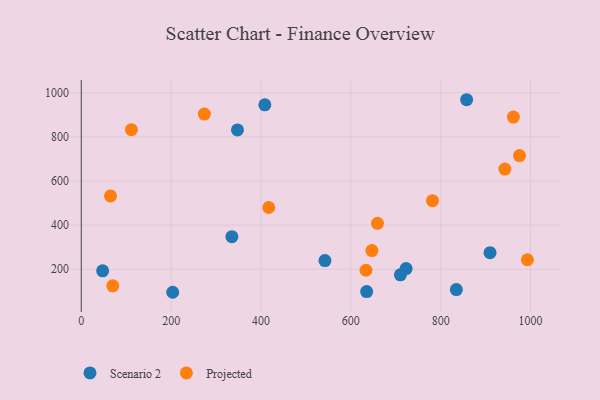
{"axis": {"x": "Experience", "y": "Sales"}, "legend": ["Projected", "Scenario 2"], "data": [{"x": "408.5", "y": 945.8, "type": "Scenario 2"}, {"x": "542.3", "y": 239.2, "type": "Scenario 2"}, {"x": "347.6", "y": 831.9, "type": "Scenario 2"}, {"x": "857.7", "y": 968.9, "type": "Scenario 2"}, {"x": "47.5", "y": 193.0, "type": "Scenario 2"}, {"x": "710.3", "y": 174.9, "type": "Scenario 2"}, {"x": "909.8", "y": 275.1, "type": "Scenario 2"}, {"x": "635.2", "y": 98.8, "type": "Scenario 2"}, {"x": "203.5", "y": 95.6, "type": "Scenario 2"}, {"x": "335.2", "y": 347.8, "type": "Scenario 2"}, {"x": "834.8", "y": 108.0, "type": "Scenario 2"}, {"x": "723.0", "y": 203.3, "type": "Scenario 2"}, {"x": "274.0", "y": 903.8, "type": "Projected"}, {"x": "942.8", "y": 654.3, "type": "Projected"}, {"x": "417.2", "y": 480.1, "type": "Projected"}, {"x": "781.7", "y": 510.9, "type": "Projected"}, {"x": "992.9", "y": 243.2, "type": "Projected"}, {"x": "111.5", "y": 833.0, "type": "Projected"}, {"x": "65.1", "y": 532.6, "type": "Projected"}, {"x": "70.1", "y": 124.7, "type": "Projected"}, {"x": "633.7", "y": 195.6, "type": "Projected"}, {"x": "961.7", "y": 890.0, "type": "Projected"}, {"x": "659.3", "y": 408.2, "type": "Projected"}, {"x": "975.4", "y": 715.4, "type": "Projected"}, {"x": "646.8", "y": 284.7, "type": "Projected"}]}